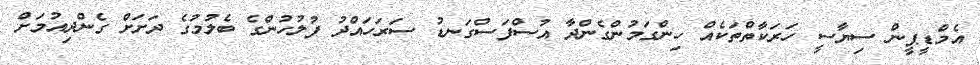
އެމްޑީޕީން ސިޔާސީ ހަރަކާތްތަކެއް ހިންގަމުންގެންދާ އުސްފަސްގަނޑު ސަރަހައްދު ފުލުހުންގެ ބެލުމުގެ ދަށަށް ގެންދިއުމަށް